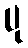
ပု